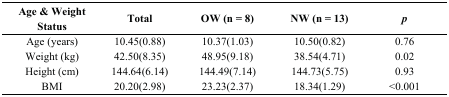
| Age & Weight Status | Total | OW (n = 8) | NW (n = 13) | p |
 | --- | --- | --- | --- | --- |
 | Age (years) | 10.45(0.88) | 10.37(1.03) | 10.50(0.82) | 0.76 |
 | Weight (kg) | 42.50(8.35) | 48.95(9.18) | 38.54(4.71) | 0.02 |
 | Height (cm) | 144.64(6.14) | 144.49(7.14) | 144.73(5.75) | 0.93 |
 | BMI | 20.20(2.98) | 23.23(2.37) | 18.34(1.29) | <0.001 |